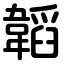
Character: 韜